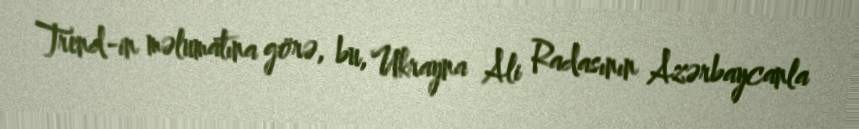
Trend-in məlumatına görə, bu, Ukrayna Ali Radasının Azərbaycanla